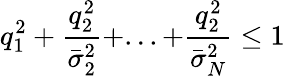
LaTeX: q_{1}^{2}+\frac{q_{2}^{2}}{\bar{\sigma}_{2}^{2}}+...+\frac{q_{2}^{2}}{\bar{\sigma}_{N}^{2}}\leq 1